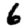
Digit: 6